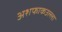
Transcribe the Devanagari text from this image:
अशफाकउल्ला